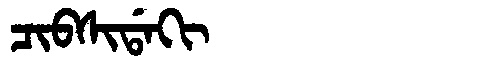
Manchu: ᠴᡳᠪᠰᡳᡩᠠᡴᡳ
Romanization: CIBSIDAKI